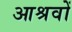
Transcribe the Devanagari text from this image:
आश्रवों